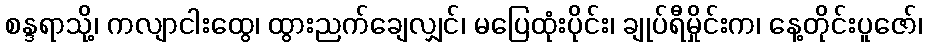
စန္ဒရာသို့၊ ကလျာငါးထွေ၊ ထွားညက်ချေလျှင်၊ မပြေထုံးပိုင်း၊ ချုပ်ရီမှိုင်းက၊ နေ့တိုင်းပူဇော်၊